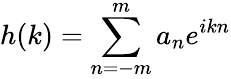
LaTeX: h(k)=\sum_{n=-m}^{m}a_{n}e^{ikn}